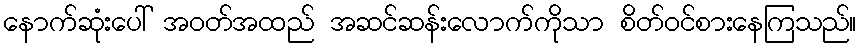
နောက်ဆုံးပေါ် အဝတ်အထည် အဆင်ဆန်းလောက်ကိုသာ စိတ်ဝင်စားနေကြသည်။